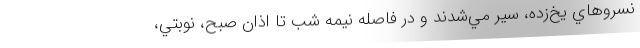
نسروهاي يخ‌زده، سير مي‌شدند و در فاصله نيمه شب تا اذان صبح، نوبتي،